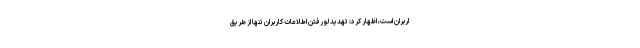
اربران است،‌ اظهار کرد: تهدید لو رفتن اطلاعات کاربران تنها از طریق